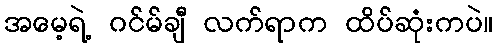
အမေ့ရဲ့ ဂင်မ်ချီ လက်ရာက ထိပ်ဆုံးကပဲ။